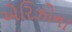
એરિઝોના